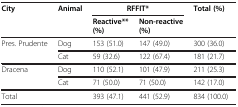
<table><thead><tr><td rowspan="2"><b>City</b></td><td rowspan="2"><b>Animal</b></td><td><b>RFFIT*</b></td><td>[EMPTY_CELL]</td><td rowspan="2"><b>Total (%)</b></td></tr><tr><td><b>Reactive** (%)</b></td><td><b>Non-reactive (%)</b></td></tr></thead><tbody><tr><td rowspan="2">Pres. Prudente</td><td>Dog</td><td>153 (51.0)</td><td>147 (49.0)</td><td>300 (36.0)</td></tr><tr><td>Cat</td><td>59 (32.6)</td><td>122 (67.4)</td><td>181 (21.7)</td></tr><tr><td rowspan="2">Dracena</td><td>Dog</td><td>110 (52.1)</td><td>101 (47.9)</td><td>211 (25.3)</td></tr><tr><td>Cat</td><td>71 (50.0)</td><td>71 (50.0)</td><td>142 (17.0)</td></tr><tr><td>Total</td><td>[EMPTY_CELL]</td><td>393 (47.1)</td><td>441 (52.9)</td><td>834 (100.0)</td></tr></tbody></table>